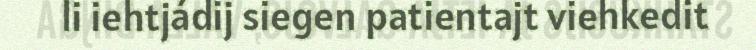
li iehtjádij siegen patientajt viehkedit